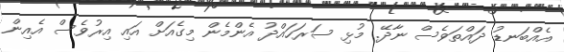
އެެއްބަނޑު ދައްތަވެެސް ނާދޭ. މުޅި ސަރަަހައްދު އެންމެން މިގެެއަށް އައި އިރުވެެސް އެއިން